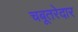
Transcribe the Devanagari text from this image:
चबूतरेदार